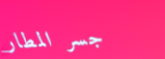
جسر المطار